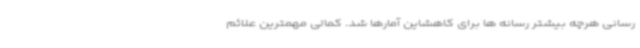
رسانی هرچه بیشتر رسانه ها برای کاهشاین آمارها شد. کمالی مهمترین علائم